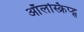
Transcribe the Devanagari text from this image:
ऑलस्क्रिप्ट्स